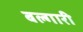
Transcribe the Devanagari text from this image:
बल्गारी